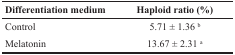
<table><thead><tr><td><b>Differentiation medium</b></td><td><b>Haploid ratio (%)</b></td></tr></thead><tbody><tr><td>Control</td><td>5.71 ± 1.36 <sup>b</sup></td></tr><tr><td>Melatonin</td><td>13.67 ± 2.31 <sup>a</sup></td></tr></tbody></table>